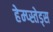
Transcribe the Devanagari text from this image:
हेम्प्स्तेड्स